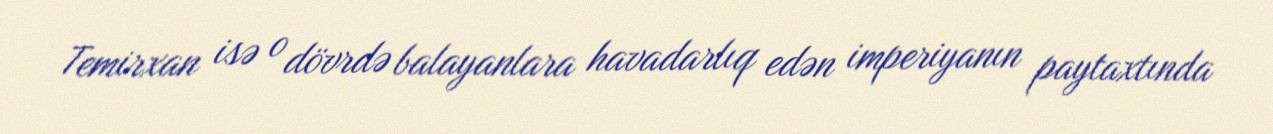
Temirxan isə o dövrdə balayanlara havadarlıq edən imperiyanın paytaxtında